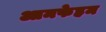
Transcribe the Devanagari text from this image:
आमफेहम